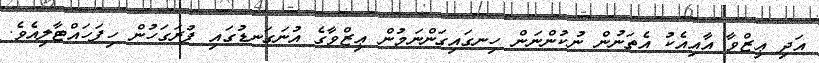
އަދި ޢިޒްވާ އާއިއެކު އެތަނުން ނުކުންނަން ހިނގައިގަންނަމުން ޢިޒްވާގެ އުނަގަނޑުގައި ފުރަގަހުން ހިފަހައްޓާލިއެވެ.